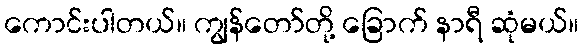
ကောင်းပါတယ်။ ကျွန်တော်တို့ ခြောက် နာရီ ဆုံမယ်။